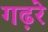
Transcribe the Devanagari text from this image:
गढ़रे